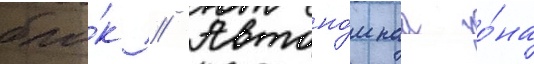
бло́к // Автоно́мнаа зо́на